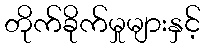
တိုက်ခိုက်မှုများနှင့်